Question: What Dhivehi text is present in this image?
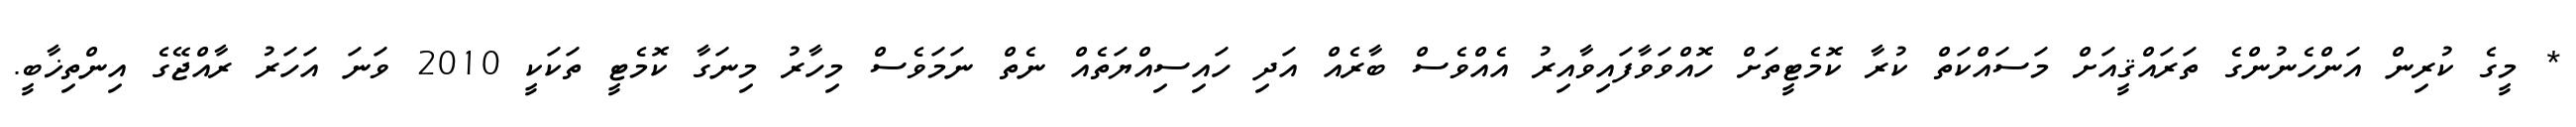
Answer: * މީގެ ކުރިން އަންހެނުންގެ ތަރައްޤީއަށް މަސައްކަތް ކުރާ ކޮމެޓީތަށް ހޮއްވަވާފައިވާއިރު އެއްވެސް ބާރެއް އަދި ހައިސިއްޔަތެއް ނެތް ނަމަވެސް މިހާރު މިނަގާ ކޮމެޓީ ތަކަކީ 2010 ވަނަ އަހަރު ރާއްޖޭގެ އިންތިޚާބީ.